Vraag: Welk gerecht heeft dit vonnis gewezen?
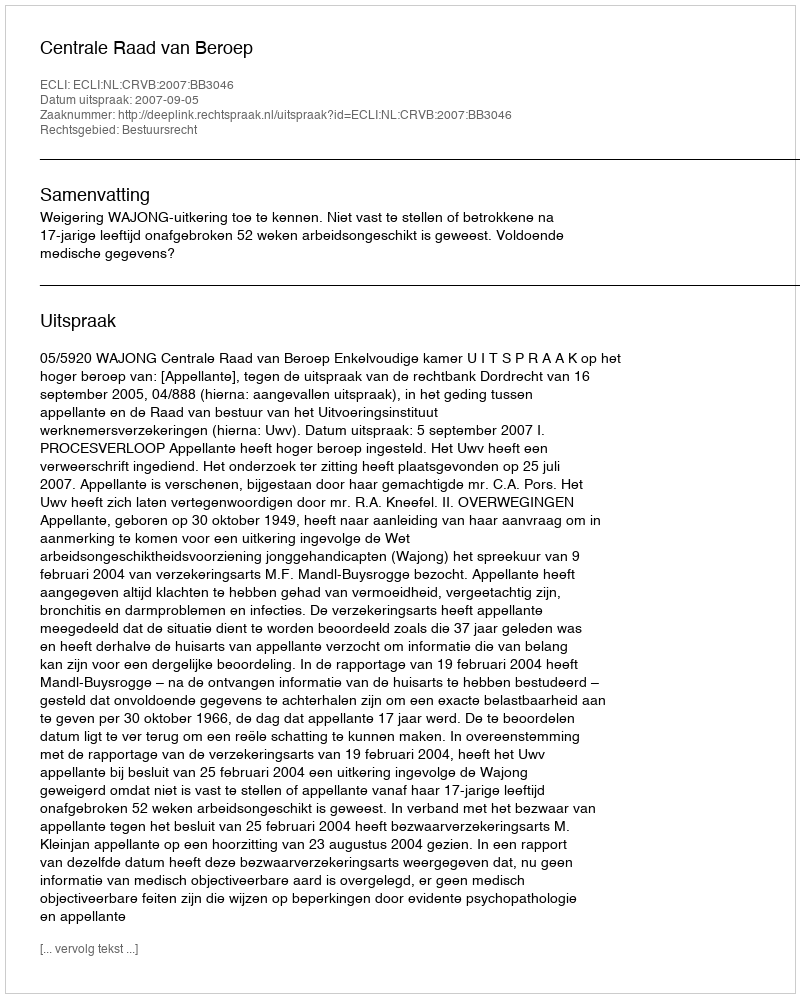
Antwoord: Centrale Raad van Beroep